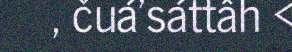
, čuá'sáttâh <